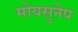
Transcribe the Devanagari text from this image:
मोयसुनेप